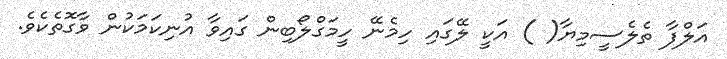
އަލްފާ ތެލެސީމިޔާ( ) އަކީ ލޭގައި ހިމެނޭ ހީމަގްލޯބިން ގައިވާ އުނިކަމަކުން ވާގޮތެކެވެ.